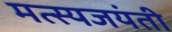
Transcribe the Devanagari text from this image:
मत्स्यजयंती